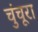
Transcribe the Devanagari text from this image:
चुंचूरा